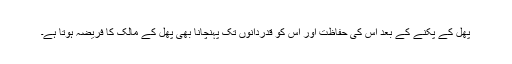
پھل کے پکنے کے بعد اس کی حفاظت اور اس کو قدردانوں تک پہنچانا بھی پھل کے مالک کا فریضہ ہوتا ہے۔